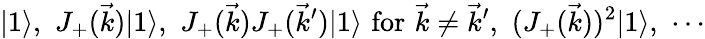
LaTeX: |1\rangle,\, \, J_{+}(\vec{k})|1\rangle,\, \, J_{+}(\vec{k})J_{+}(\vec{k}^{\prime})|1\rangle\, \, \mathrm{for}\, \, \vec{k}\not=\vec{k}^{\prime},\, \, (J_{+}(\vec{k}))^{2}|1\rangle,\, \, \cdots